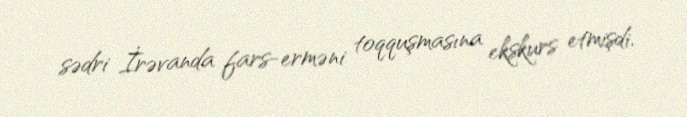
sədri İrəvanda fars-erməni toqquşmasına ekskurs etmişdi.